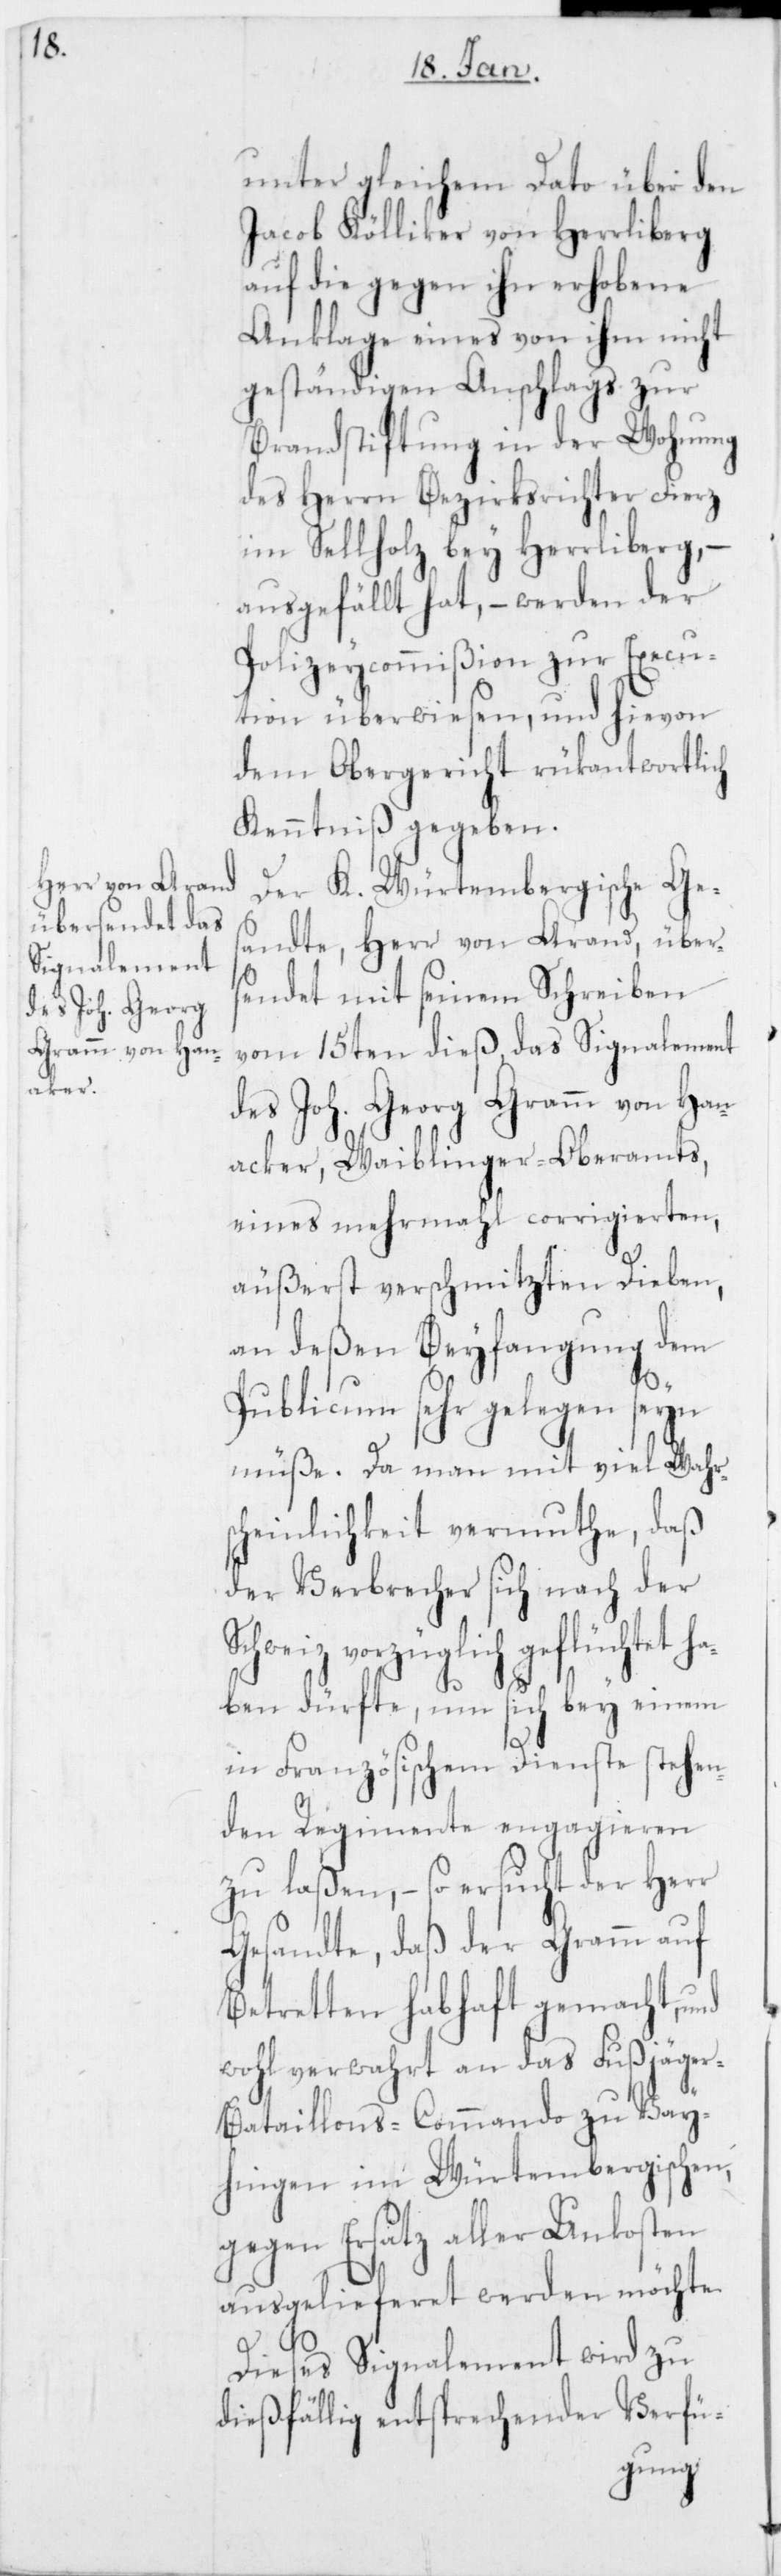
acker

unter gleichem Dato über den
Jacob Kölliker von Herrliberg
auf die gegen ihn erhobene
Anklage eines von ihm nicht
geständigen Anschlags zur
Brandstiftung in der Wohnung
des Herrn Bezirksrichter Fierz
im Sellholz bey Herrliberg, –
ausgefällt hat, – werden der
Polizeycommißion zur Execu¬
tion überwiesen, und hievon
dem Obergericht rükantwortlich
Kenntniß gegeben.
Der K. Würtembergische Ges¬
andte, Herr von Arand, über¬
sendet mit seinem Schreiben
vom 15ten dieß, das Signalement
des Joh. Georg Gramm von Han¬
[sic!], Waiblinger-Oberamts,
eines mehrmahl corrigierten,
äußerst verschmitzten Dieben,
an deßen Beyfangung dem
Publicum sehr gelegen seyn
müße. Da man mit viel Wahrs¬
cheinlichkeit vermuthe, daß
der Verbrecher sich nach der
vorzüglich geflüchtet
haben dürfte, um sich bey einem
in Französischem Dienste stehen¬
den Regimente engagieren
zu laßen, – so ersucht der Herr
Gesandte, daß der Gramm auf
Betretten habhaft gemacht, und
wohl verwahrt an das Fußjäge¬
r-Bataillons-Commando zu Vay¬
hingen im Würtembergischen,
gegen Ersatz aller Unkosten
ausgelieferet werden möchte.
Dieses Signalement wird zu
dießfällig entsprechender Verfü-